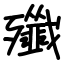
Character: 殲